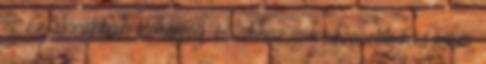
is. Gyakrabban mosolyog, és ahhoz is kedvesebb tud lenni,